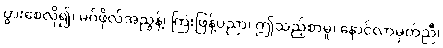
ပွားစေလို၍၊ မဂ်ဖိုလ်အညွန့်၊ ကြဲးဖြန့်ပညာ၊ ဤသည့်စာမူ၊ နောင်လာမှတ်ညီ၊